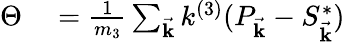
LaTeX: \begin{array}{rl}{\Theta}&{{}=\frac{1}{m_{3}}\sum_{\vec{\mathbf{k}}}k^{(3)}(P_{\vec{\mathbf{k}}}-S_{\vec{\mathbf{k}}}^{*})}\end{array}